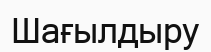
Шағылдыру